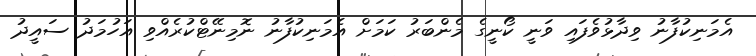
އެމަނިކުފާނު ވިދާޅުވެފައި ވަނީ ކޯނީގެ މެންބަރު ކަމަށް އެމަނިކުފާނު ނޮމިނޭޓްކުރެއްވި އަހުމަދު ސައީދު